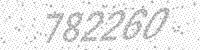
Solution: 782260